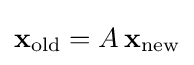
\mathbf {x} _{\mathrm {old} }=A\,\mathbf {x} _{\mathrm {new} }